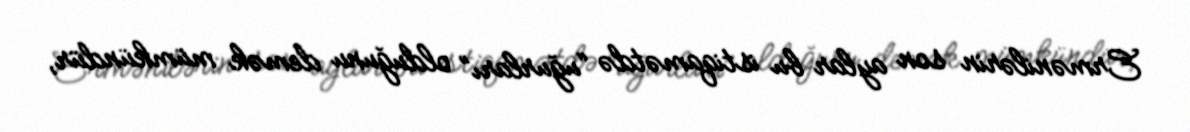
Ermənilərin son aylar bu istiqamətdə “uğurları” olduğunu demək mümkündür,